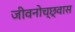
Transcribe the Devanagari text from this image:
जीवनोच्छ्वास